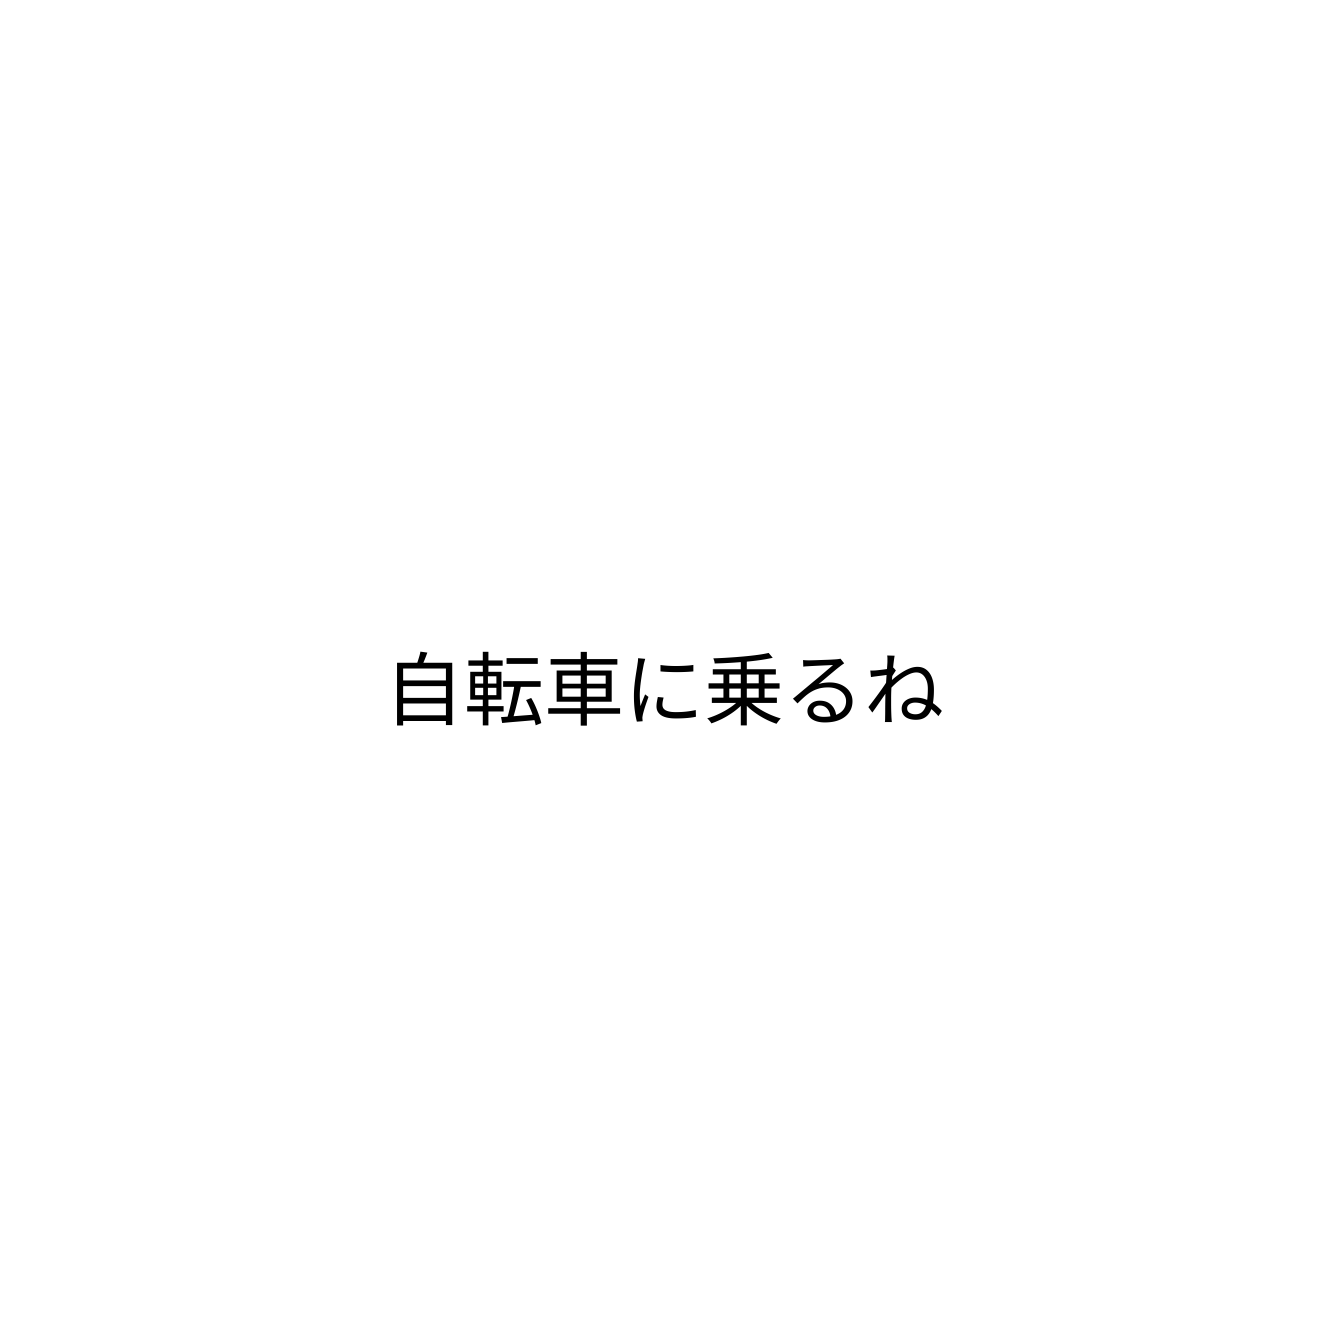
自転車に乗るね